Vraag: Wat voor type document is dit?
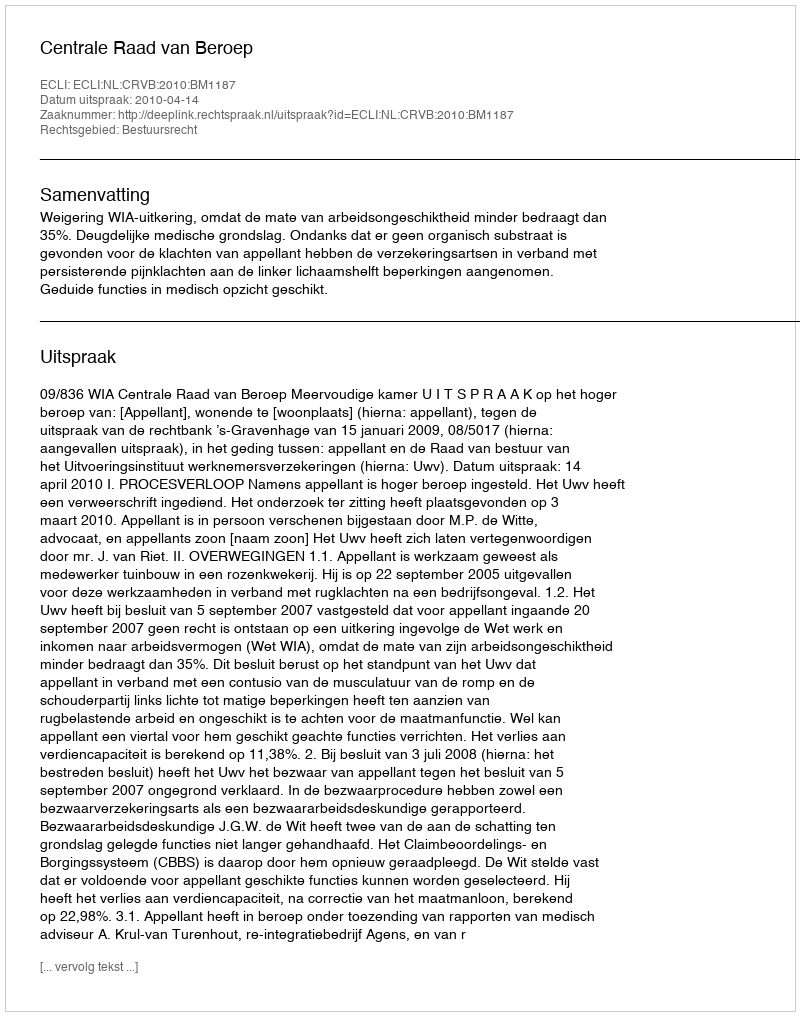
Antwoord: Uitspraak